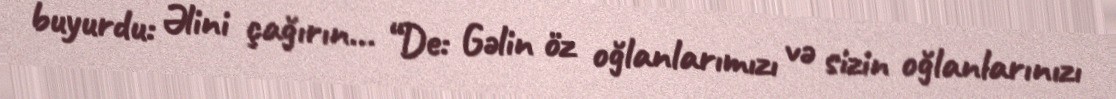
buyurdu: Əlini çağırın... “De: Gəlin öz oğlanlarımızı və sizin oğlanlarınızı